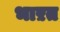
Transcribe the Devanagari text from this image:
भाऱत